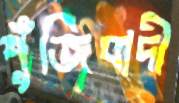
পুঁজিবাদী